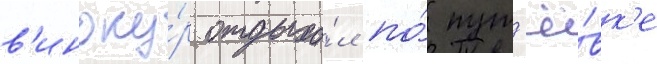
в'иноку́р отдыха́л по́ пут'ё́вк'е